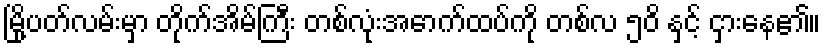
မြို့ပတ်လမ်းမှာ တိုက်အိမ်ကြီး တစ်လုံးအောက်ထပ်ကို တစ်လ ၅၀ိ နှင့် ငှားနေ၏။